Lock hospitals Punjab
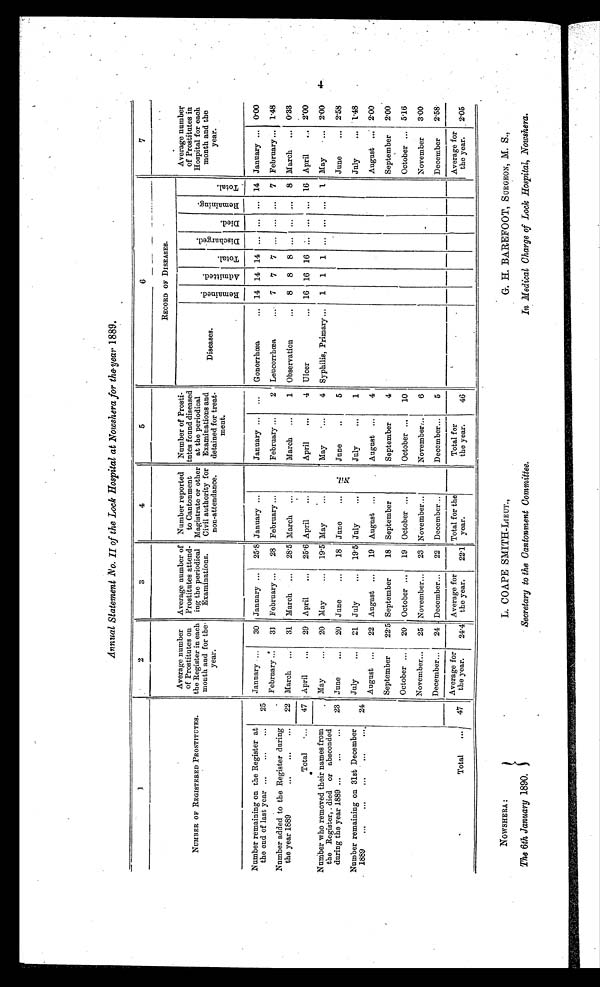
NOWSHERA :
The 6th January 1890.
L. COAPE SMITH-LIEUT.,
Secretary to the Cantonment Committee.
G. H. BAREFOOT, SURGEON, M. S .,
In Medical Charge of Lock Hospital, Nowshera.
Annual Statement No. II of the Lock Hospital at Nowshera for the . year 1889
1
2
3
4
5
6
7
NUMBER OF REGISTERED PROSTITUTES.
Average number
of Prostitutes on
the Register in each
month and for
the year.
Average number of
Prostitutes attend-
ing the periodical
Examinations.
Number reported
to Cantonment
Magistrate or other
Civil authority for
non-attendance.
Number of Prosti-
tutes found diseased
at the periodical
Examinations and
detained for treat-
ment.
RECORD OF DISEASES.
Diseases .
R e m a i n e d .
A d m i t t e d .
T o t a l .
D i s c h a r g e d .
D i e d .
R e m a i n i n g .
T o t a l .
Average number
of Prostitutes in
Hospital for each
month and the
year.
Number remaining on the Register at
the end of last year ...
...
...
25
January ...
30 January ...
25.8 January ...
January ...
...
Gonorrhœa
... 14 14 14 ... ... ... 14 January ... 0.00
February ...
3] February ...
28 February ...
February ...
2 Leucorrhœa
...
7
7
7 ... ... ...
7 February ... 1.48
Number added to the Register during
the year 1889
...
...
...
22 March ...
31 March
28.5 March ...
March ...
1 Observation
...
8
8
8 ... ... ...
8 March ... 0.33
Total
. . .
47 April
...
29 April
...
25.6 April
...
April
...
4 Ulcer
... 16 16 16 ...
. . .
. . . 16 April
... 2.00
Number who removed their names from
the Register,. died or absconded
during the year 1889 ...
...
. . .
23
May
...
20 May
...
19.5 May
...
N i l
May
...
4 Syphilis, Primary ...
1
1
1 ...
. . . ...
1 May
... 2'00
June
...
20 June
...
18 June
...
June
..
5
June
... 2.58
Number remaining on 31st December
1889
...
...
... .
24
July
...
21 July
...
19'5 July
...
July
...
1
July
... 1.48
August...
22 August ...
19 August ...
August ...
4
August ...
2.00
September
22.5 September
18 September
September
4
September
2.00
October ...
20 October ...
19 October ...
October ...
10
October ... 5.16
November...
25 November...
23 November...
November;..
6
November
3.00
December...
24 , December...
22 December...
December...
5
December
2.58
Total
. . . 47
Average for
the year.
24.41
Average for
the year.
22.1
Total for the
year.
Total for
the year.
46
Average for
the year.
2.05